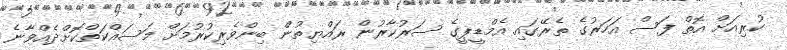
ކުރިއަށް އޮތް ފަސް އަހަރުގެ ތެރޭގައި އެމްޑީޕީގެ ސަރުކާރުން ރައްޔިތުން ބިންވެރިކުރުމަށް މަސައްކަތްކޮށްދެއްވާނެ